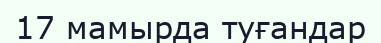
17 мамырда туғандар